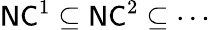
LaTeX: {\mathsf{NC}}^{1}\subseteq{\mathsf{NC}}^{2}\subseteq\cdots